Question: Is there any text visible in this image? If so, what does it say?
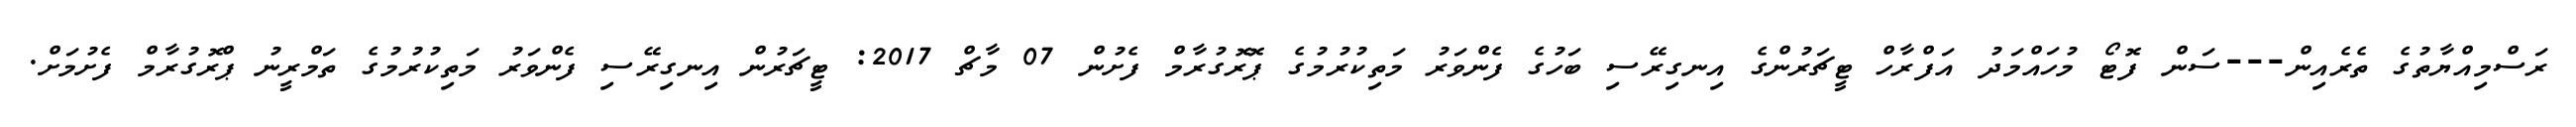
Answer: ރަސްމިއްޔާތުގެ ތެރެއިން---ސަން ފޮޓޯ މުހައްމަދު އަފްރާހް ޓީޗަރުންގެ އިނގިރޭސި ބަހުގެ ފެންވަރު މަތިކުރުމުގެ ޕޮރޮގުރާމް ފެށުން 07 މާޗް 2017: ޓީޗަރުން އިނގިރޭސި ފެންވަރު މަތިކުރުމުގެ ތަމްރީނު ޕްރޮގުރާމް ފެށުމަށް.